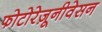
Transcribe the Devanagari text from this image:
फोटोरेज़ूनीवेसन